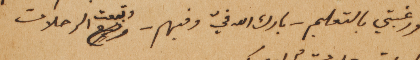
ورغبتي بالتعلم – بارك الله فيّ وفيهم – وتبعت الرحلات